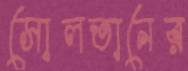
সোলতানের